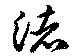
渚